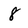
Character: 8